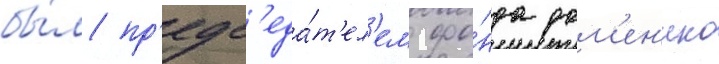
бы́л пр'едс'еда́т'ел'ем фо́нда дом'ен'ико